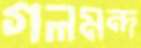
গলমন্দ